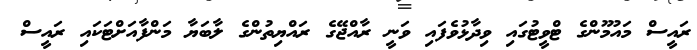
ރައީސް މައުމޫންގެ ޓްވީޓުގައި ވިދާޅުވެފައި ވަނީ ރާއްޖޭގެ ރައްޔިތުންގެ ލާބަޔާ މަންފާއަށްޓަކައި ރައީސް